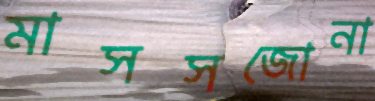
মাসসজোনা